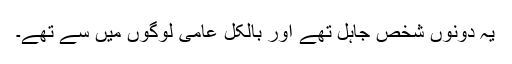
یہ دونوں شخص جاہل تھے اور بالکل عامی لوگوں میں سے تھے۔